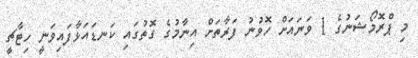
މި ޕްރޮމޯޝަނުގެ 1 ވަނައަށް ހޮވުނު ފަރާތަށް އިނާމުގެ ގޮތުގައި ކަނޑައަޅާފައިވަނީ ހިޓާޗީ